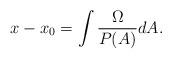
LaTeX: \begin{align*}x-x_0=\int \frac{\Omega}{P(A)} dA.\end{align*}